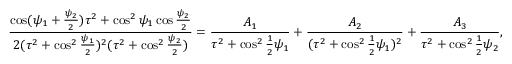
\frac { \cos ( \psi _ { 1 } + \frac { \psi _ { 2 } } { 2 } ) \tau ^ { 2 } + \cos ^ { 2 } \psi _ { 1 } \cos \frac { \psi _ { 2 } } { 2 } } { 2 ( \tau ^ { 2 } + \cos ^ { 2 } \frac { \psi _ { 1 } } { 2 } ) ^ { 2 } ( \tau ^ { 2 } + \cos ^ { 2 } \frac { \psi _ { 2 } } { 2 } ) } = \frac { A _ { 1 } } { \tau ^ { 2 } + \cos ^ { 2 } \frac { 1 } { 2 } \psi _ { 1 } } + \frac { A _ { 2 } } { ( \tau ^ { 2 } + \cos ^ { 2 } \frac { 1 } { 2 } \psi _ { 1 } ) ^ { 2 } } + \frac { A _ { 3 } } { \tau ^ { 2 } + \cos ^ { 2 } \frac { 1 } { 2 } \psi _ { 2 } } ,